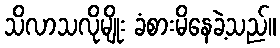
သိလာသလိုမျိုး ခံစားမိနေခဲ့သည်။